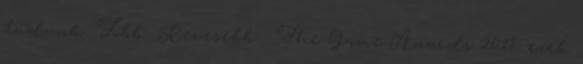
tudunk. Több ▼Kevesebb ▲ The Game Awards 2018: ezek